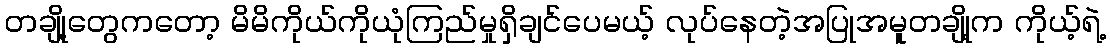
တချို့တွေကတော့ မိမိကိုယ်ကိုယုံကြည်မှုရှိချင်ပေမယ့် လုပ်နေတဲ့အပြုအမူတချို့က ကိုယ့်ရဲ့